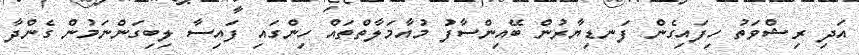
އަދި ރިޝްވަތު ހިފައިގެން ފަނޑިޔާރުން ބޭއިންސާފު މުއާމަލާތްތައް ހިންގައި ފައިސާ ލިބިގަންނަމުން ގެންދާ